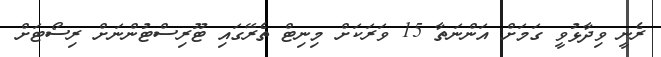
ރެނީ ވިދާޅުވީ ގަމަށް އަންނަތާ 15 ވަރަކަށް މިނިޓް ތެރޭގައި ޓޫރިސްޓުންނަށް ރިސޯޓަށް